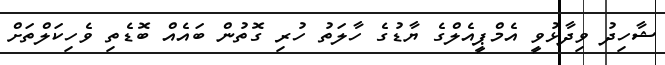
ޝާހިދު ވިދާޅުވީ އެމްޕީއެލްގެ ޔާޑުގެ ހާލަތު ހުރި ގޮތުން ބައެއް ބޮޑެތި ވެހިކަލްތަށް